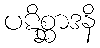
ပဋိစ္ဆာဒနိ